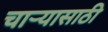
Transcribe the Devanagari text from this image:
चार्‍यासाठी